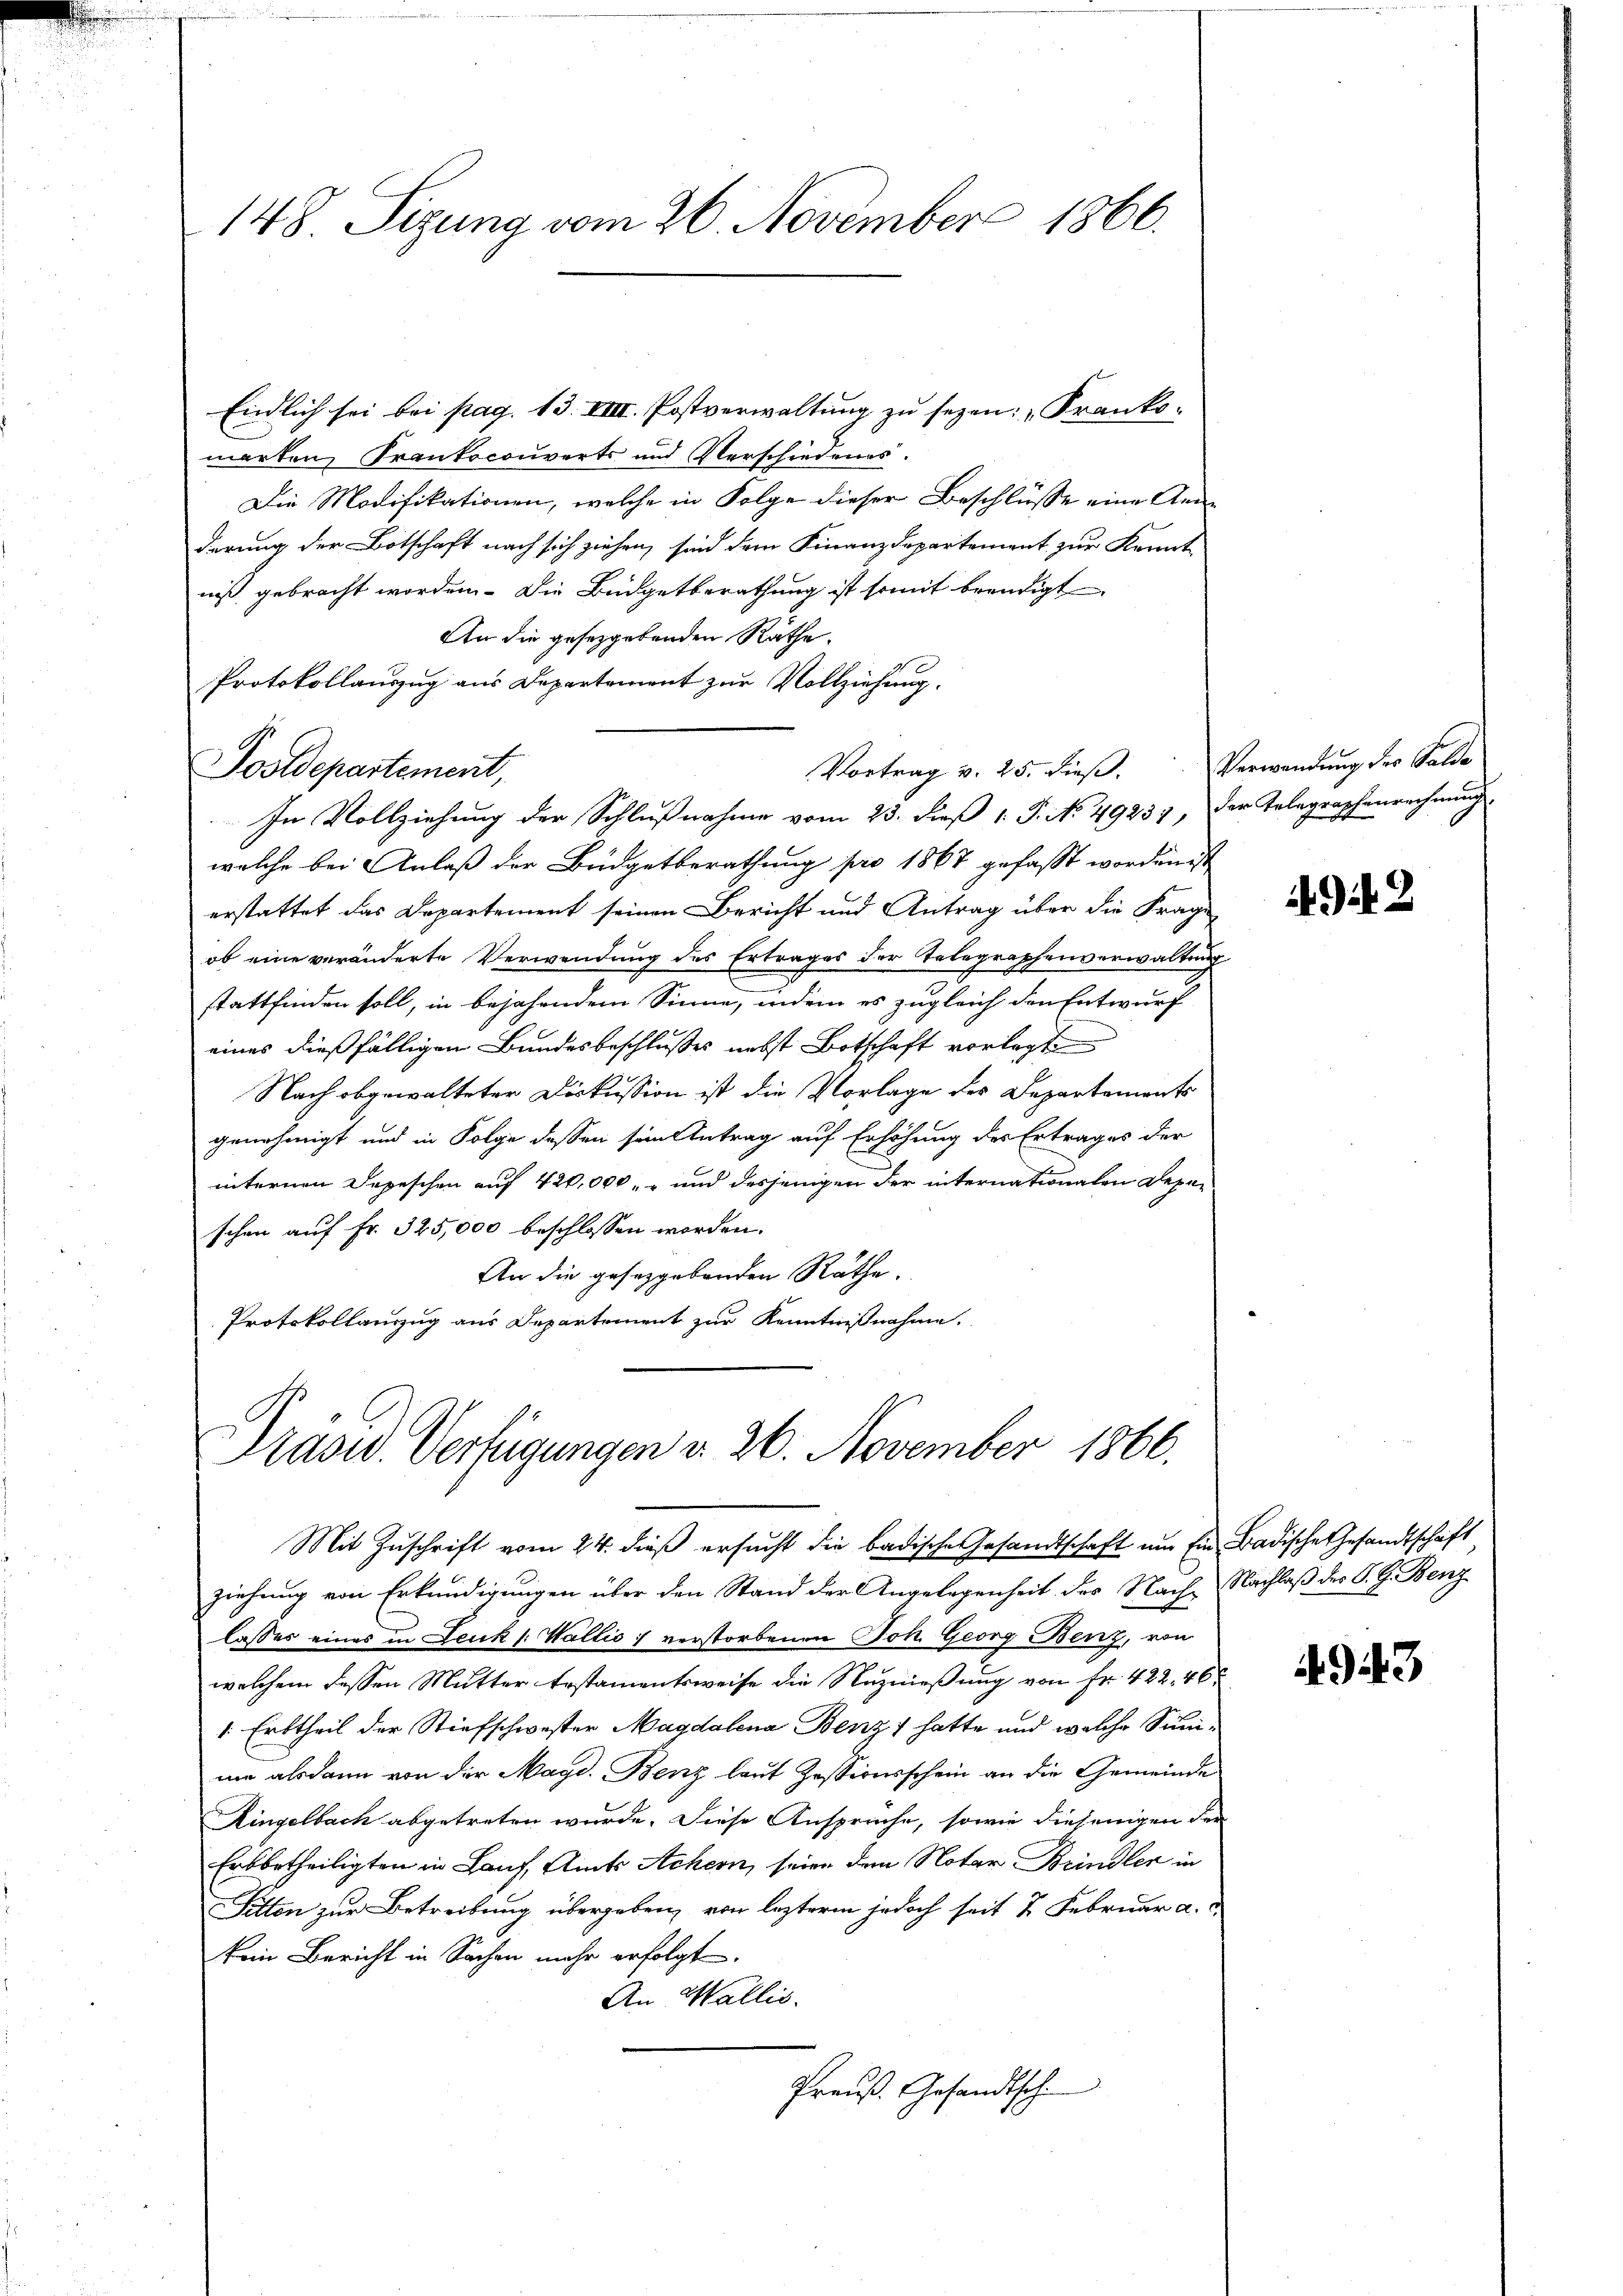
148 Sizung vom 26. November 1866.

Endlich sei bei pag. 13. VIII. Postverwaltung zu sezen: „Franksmarken, Frankocouverts und Verschiedenes.
Die Modifikationen, welche in Folge dieser Beschlüsse eine Anderung der Botschaft nach sich ziehen, sind dem Finanzdepartement zur Kennt
niß gebracht worden. Die Büdgetberathung ist somit beendigt
An die gesetzgebenden Räthe.
welche bei Anlaß der Büdgetberathung pro 1867 gefasst worden ist
erstattet das Departement seinen Bericht und Antrag über die Frage
ob eine veränderte Verwendung des Ertrages der Telegraphenverwaltung
stattfinden soll, in bejahendem Sinne, indem es zugleich den Entwurf
eines dießfälligen Bundesbeschlusses nebst Botschaft vorlegt
Nach obgewalteter Diskussion ist die Vorlage des Departements
genehmigt und in Folge dessen sein Antrag auf Erhöhung des Ertrages der
internen Depeschen auf 420,000. und desjenigen der internationalen Depeschen auf Fr. 325,000 beschlossen worden.
An die geseggebenden Räthe.
Protokollanzug aus Departement zur Kenntnißnahme.

Protokollauszug aus Departement zur Vollziehung.
Postdepartement,
In Vollziehung der Schlußnahme vom 23. dieß 1. J. No. 49237, der Telegraphenrechnung

Präsid. Verfügungen d. 26. November 1866.
Mit Zuschrift vom 24. dieß ersucht die badische Gesandtschaft um Ein Badische Gesandtschaft

Vortrag v. 25. dieß.

ziehung von Erkundigungen über den Stand der Angelegenheit des Nach Nachlaß des P. G. Benz
lasser eines in Leuk s. Wallis verstorbenen Joh. Georg Benz, von
welchem dessen Mutter Erstamentsweise die Nutznießung von Fr. 422, 46
1. Erbtheil der Stiefschwester Magdalena Benz) hatte und welche Sanini alsdann von der Magd. Benz laut Zessionsschein an die Gemeinde
Ringelbach abgetreten wurde. Diese Ansprache, sowie diejenigen der
Erbbetheiligten in Lauf, Aints Achern, seien dem Notar Brindler in
Sitten zur Betreibung übergeben, von lezterm jedoch seit 2 Februar a.c.
kein Bericht in Sachen mehr erfolgt.
An Wallis.
Preuß. Gesandtsch.

Verwendung der Salde

. G. 2

4943